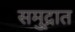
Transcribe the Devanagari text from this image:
समु्द्रात